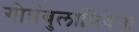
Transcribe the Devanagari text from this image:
गोत्रंबुलान्नियेनी